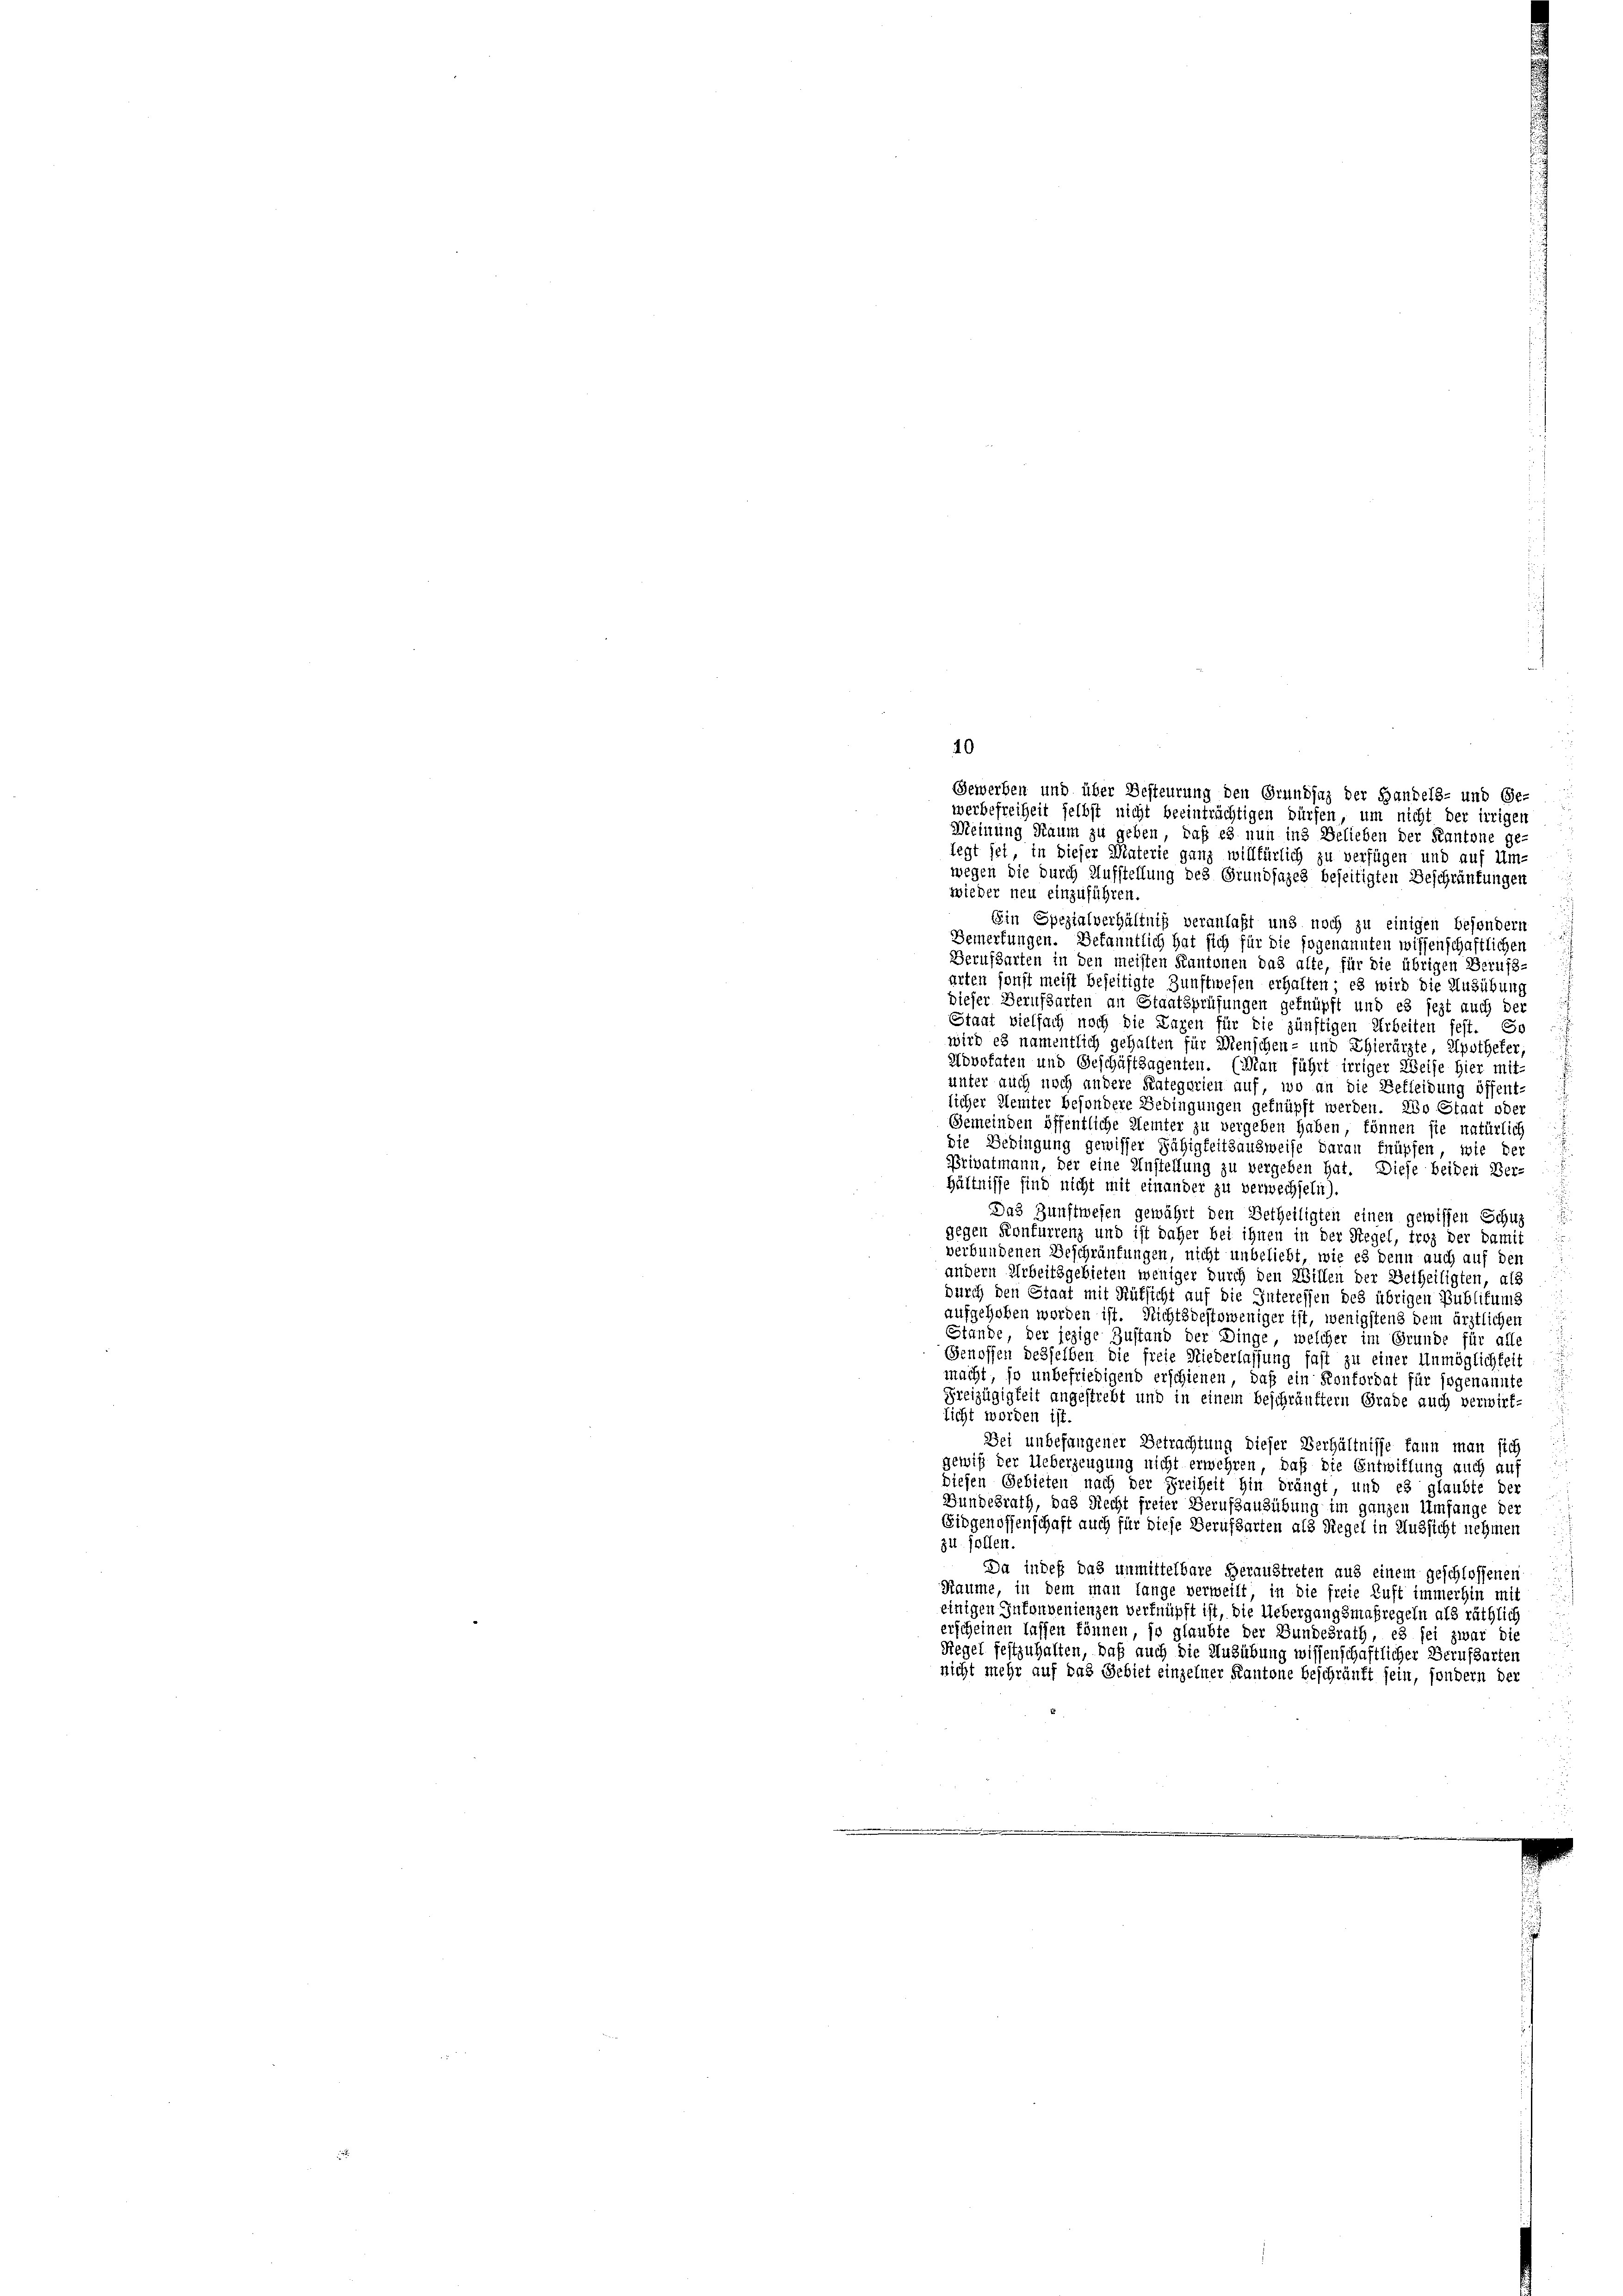
Gewerben und über Besteurung den Grundsaz der Handels- und Ge-
werbefreiheit selbst nicht beeinträchtigen dürfen, um nicht der irrigen
Meinung Raum zu geben, daß es nun ins Belieben der Kantone ge-
legt sei, in dieser Materie ganz willfürlich zu verfügen und auf Um-
wegen die durch Aufstellung des Grundsazes beseitigten Beschränkungen
wieder neu einzuführen.
Ein Spezialverhältniß veranlaßt und noch zu einigen besondern
Bemerkungen. Bekanntlich hat sich für die fogenannten wissenschaftlichen
Berufsarten in den meisten Kantonen das alte, für die übrigen Berufs-
arten sonst meist beseitigte Zunftwesen erhalten; es wird die Ausübung
dieser Berufsarten an Staatsprüfungen geknüpft und es jezt auch der
Staat vielfach noch die Lagen für die zünftigen Arbeiten fest. So

wird es namentlich gehalten für Menschen- und Thierärzte, Apotheker,
Novokaten und Geschäftsagenten. (Man führt irriger Weise hier mit-
unter auch noch andere Kategorien auf, wo an die Gefleidung öffent-
licher Kemter besondere Bedingungen geknüpft werden. Wo Staat oder
Gemeinden öffentliche Kemter zu vergeben haben, können sie natürlich
d
Bebingung gewisser Fähigkeitsausweise darau fnüpfen, wie der
Privatmann, der eine Anstellung zu vergeben hat. Diese beiden Ver-
hältnisse sind nicht mit einander zu verwechselit).
Das Zunftwesen gewährt den Betheiligten einen gewissen Schul
gegen Konfurrenz und ist daher bei ihnen in der Regel, troz der damit
verbundenen Beschräufungen, nicht unbeliebt, wie es denn auch auf den
andern Arbeitsgebieten weniger durch den Willen der Betheiligten, als
durch den Staat mit Rüksicht auf die Interessen des übrigen Publikums
aufgehoben worden ist. Nichtsdestoweniger ist, wenigstens dem ärztlichen
d
Stande, der jezige Zustand der Dinge, welcher im Grunde für alle
Genossen desselben die freie Niederlassung fast zu einer Unmöglichkeit
macht, so unbefriedigend erschienen, daß ein Konfordat für sogenannte
Freizügigkeit angestrebt und in einem beschränftern Grade auch verwirt-
sicht worden ist
Dei unbefangener Betrachtung dieser Verhältnisse kann man sich
gewiß der Ueberzeugung nicht erwehren, daß die Entwiffung auch auf
diesen Gebieten nach der Freiheit hin drängt und es glaubte der
Gundesrath, das Recht freier Berufsausübung im ganzen Umfange der
Eidgenossenschaft auch für diese Berufsarten als Siegel in Aussicht nehmen
zu. sollen.
h
Da indeß das unmittelbare Heraustreten aus einem geschlossenen
Raume, in dem man lange verweilt, in die freie Luft immerhin mit
einigen Inkonvenienzen verknüpft ist, die Uebergangsmaßregeln als räthlich
erscheinen lassen können, so glaubte der Bundesrath, es sei zwar die
Regel festzuhalten, daß auch die Ausübung wissenschaftlicher Berufsarten
nicht mehr auf das Gebiet einzelner Kantone Beschränkt sein, sondern der